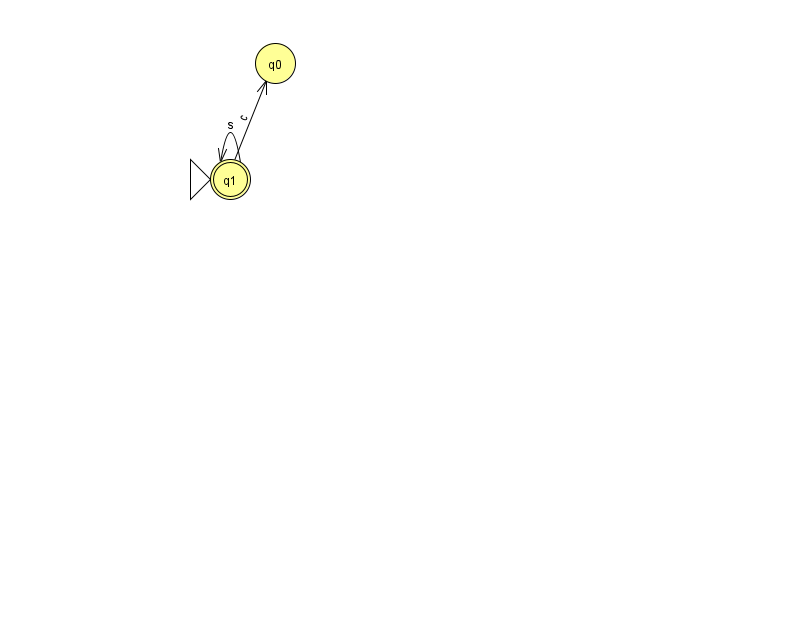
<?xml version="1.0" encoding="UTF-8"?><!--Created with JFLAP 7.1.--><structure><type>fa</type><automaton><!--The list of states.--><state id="0" name="q0"><x>275.0</x><y>50.0</y></state><state id="1" name="q1"><x>230.0</x><y>166.0</y><initial/><final/></state><!--The list of transitions.--><transition><from>1</from><to>1</to><read>s</read></transition><transition><from>1</from><to>0</to><read>c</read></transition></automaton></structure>